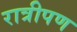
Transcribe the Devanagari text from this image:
रात्रीपण